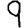
Digit: 9